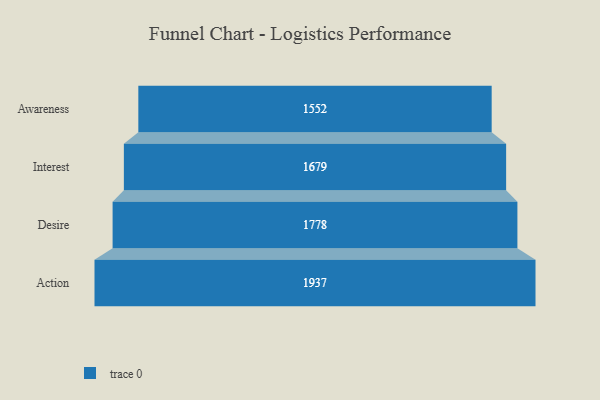
{"axis": {"x": "Stage", "y": "Value"}, "legend": [""], "data": [{"x": "Awareness", "y": 1552.0, "type": ""}, {"x": "Interest", "y": 1679.0, "type": ""}, {"x": "Desire", "y": 1778.0, "type": ""}, {"x": "Action", "y": 1937.0, "type": ""}]}